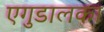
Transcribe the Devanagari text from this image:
एगुडालका